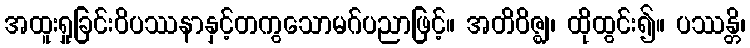
အထူးရှုခြင်းဝိပဿနာနှင့်တကွသောမဂ်ပညာဖြင့်။ အတိဝိဇ္ဈ၊ ထိုထွင်း၍။ ပဿန္တိ၊